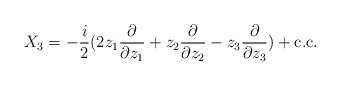
\begin{align*}X_3=-\frac{i}{2}(2z_1\frac{\partial}{\partial z_1}+z_2\frac{\partial}{\partial z_2}-z_3\frac{\partial}{\partial z_3})+\mbox{c.c}.\end{align*}